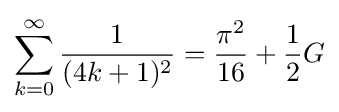
\sum _{k=0}^{\infty }{\frac {1}{(4k+1)^{2}}}={\frac {\pi ^{2}}{16}}+{\frac {1}{2}}G